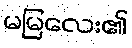
မမြလေး၏